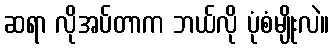
ဆရာ လိုအပ်တာက ဘယ်လို ပုံစံမျိုးလဲ။